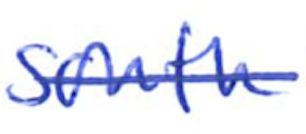
Text: south
Cross-out: single-line
Writing tool: ballpoint